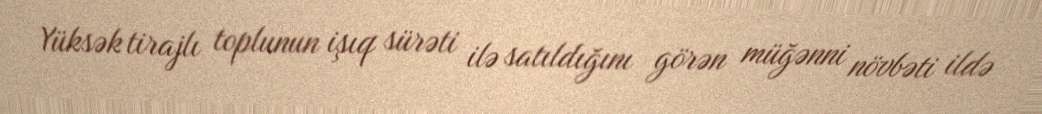
Yüksək tirajlı toplunun işıq sürəti ilə satıldığını görən müğənni növbəti ildə